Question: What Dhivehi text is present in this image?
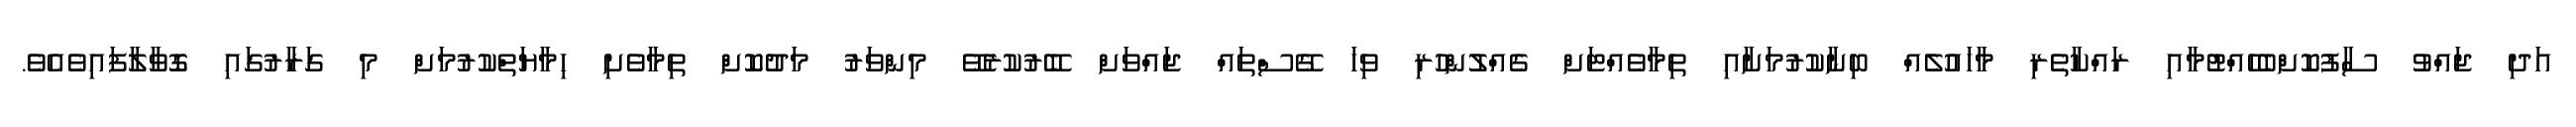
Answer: އަދި ޖައްވު ސާފުކޮށްބެހެއްޓުމާއި ރައްކާތެރި މާހައުލެއް ބިނާކުރުމަށާއި ތިމާވެއްޓަށް ގެއްލުންހުރި ވިހަ ގޭސްތައް ޖައްވަށް ބޭރުކުރެވޭ މިންވަރު މަދުކޮށް ތިމާވެށި ހިމާޔަތްކުރުމަށް މި ގަރާރުގައި ގޮވާލާފައިވެއެވެ.